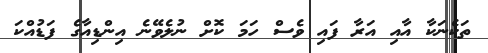
ތަކެނަކާ އާއި އަރާ ފައި ވެސް ހަމަ ކޮށް ނުލެވޭނެ އިންޑިއާގެ ފަޑުއްކަ